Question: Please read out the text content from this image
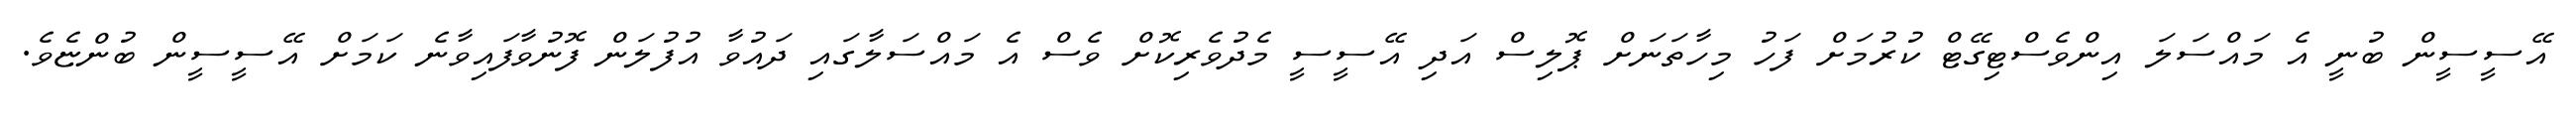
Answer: އޭސީސީން ބުނީ އެ މައްސަލަ އިންވެސްޓިގޭޓް ކުރުމަށް ފަހު މިހާތަނަށް ޕޮލިސް އަދި އޭސީސީ މެދުވެރިކޮށް ވެސް އެ މައްސަލާގައި ދައުވާ އުފުލަން ފޮނުވާފައިވާނެ ކަމަށް އޭސީސީން ބުންޏެވެ.